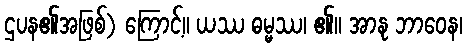
ဌပန၏အဖြစ်) ကြောင့်။ ယဿ ဓမ္မဿ၊ ၏။ အာနု ဘာဝေန၊